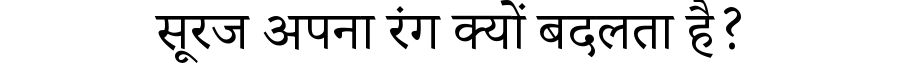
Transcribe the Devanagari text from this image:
सूरज अपना रंग क्यों बदलता है?